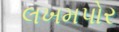
લખમપોર